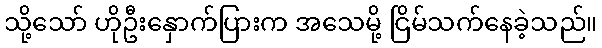
သို့သော် ဟိုဦးနှောက်ပြားက အသေမို့ ငြိမ်သက်နေခဲ့သည်။